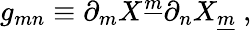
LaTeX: g_{mn}\equiv\partial_{m}X^{\underline{{{m}}}}\partial_{n}X_{\underline{{{m}}}}~,